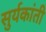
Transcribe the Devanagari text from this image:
सुर्यकांती